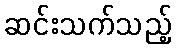
ဆင်းသက်သည့်